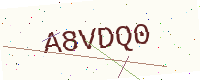
Text: A8VDQ0